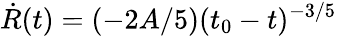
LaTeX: \dot{R}(t)=(-2A/5)(t_{0}-t)^{-3/5}